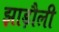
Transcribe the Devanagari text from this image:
झाड़ौली